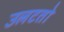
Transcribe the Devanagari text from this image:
उलटतो